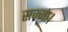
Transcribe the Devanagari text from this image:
सज्जा।